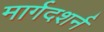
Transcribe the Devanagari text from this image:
मार्गदशर्न